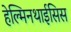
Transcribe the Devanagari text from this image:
हेल्मिनथाईसिस